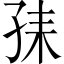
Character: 𡥤